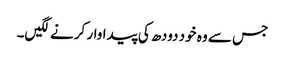
جس سے وہ خود دودھ کی پیداوار کرنے لگیں۔